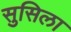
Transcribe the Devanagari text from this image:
सुसिला